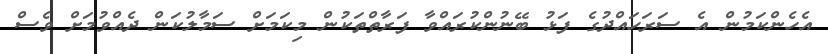
އެހެންކަމުން އެ ސަރަހައްދުގެ ފަޅު ބޭނުންކުރައްވާ ފަރާތްތަކުން މިކަމަށް ސަމާލުކަން ދެއްވުމަށް ވެސް